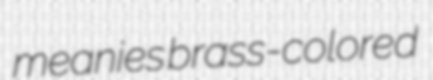
meanies brass-colored